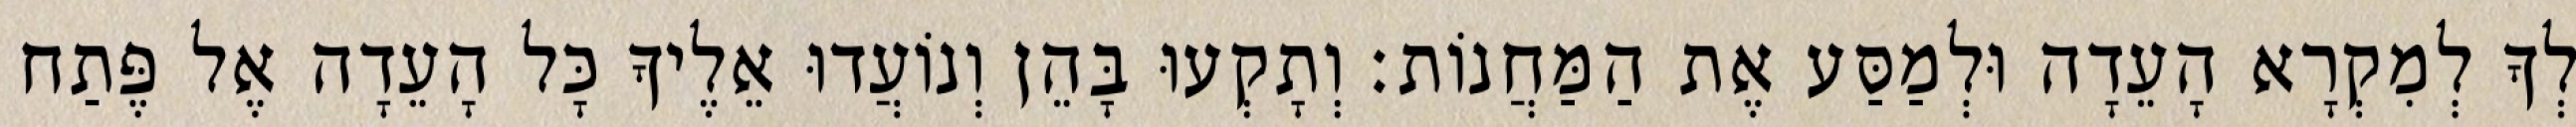
לְךָ לְמִקְרָא הָעֵדָה וּלְמַסַּע אֶת הַמַּחֲנוֹת׃ וְתָקְעוּ בָּהֵן וְנוֹעֲדוּ אֵלֶיךָ כָּל הָעֵדָה אֶל פֶּתַח